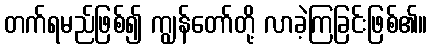
တက်ရမည်ဖြစ်၍ ကျွန်တော်တို့ လာခဲ့ကြခြင်းဖြစ်၏။